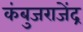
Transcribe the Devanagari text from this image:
कंबुजराजेंद्र